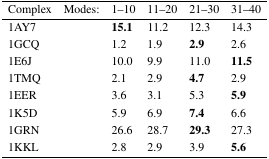
| Complex | Modes: 1–10 | 11–20 | 21–30 | 31–40 |
 | --- | --- | --- | --- | --- |
 | 1AY7 | 15.1 | 11.2 | 12.3 | 14.3 |
 | 1GCQ | 1.2 | 1.9 | 2.9 | 2.6 |
 | 1E6J | 10.0 | 9.9 | 11.0 | 11.5 |
 | 1TMQ | 2.1 | 2.9 | 4.7 | 2.9 |
 | 1EER | 3.6 | 3.1 | 5.3 | 5.9 |
 | 1K5D | 5.9 | 6.9 | 7.4 | 6.6 |
 | 1GRN | 26.6 | 28.7 | 29.3 | 27.3 |
 | 1KKL | 2.8 | 2.9 | 3.9 | 5.6 |